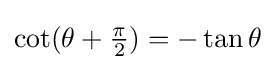
\cot(\theta +{\tfrac {\pi }{2}})=-\tan \theta